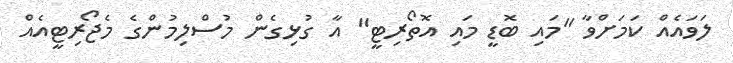
ލަވައެއް ކަމަށްވާ "މައި ބޮޑީ މައި އޮތޯރިޓީ" އާ ގުޅިގެން މުސްލިމުންގެ މެޖޯރިޓީއެއް